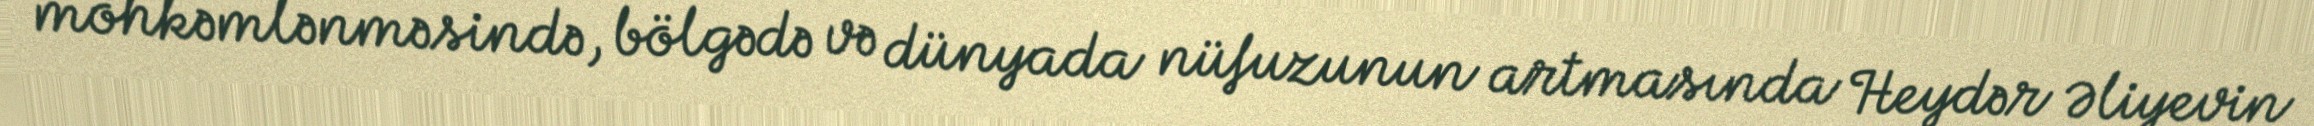
möhkəmlənməsində, bölgədə və dünyada nüfuzunun artmasında Heydər Əliyevin